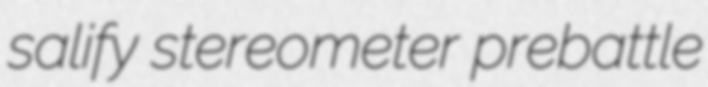
salify stereometer prebattle